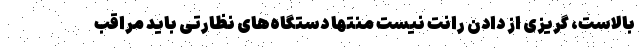
بالاست، گریزی از دادن رانت نیست منتها دستگاه‌های نظارتی باید مراقب